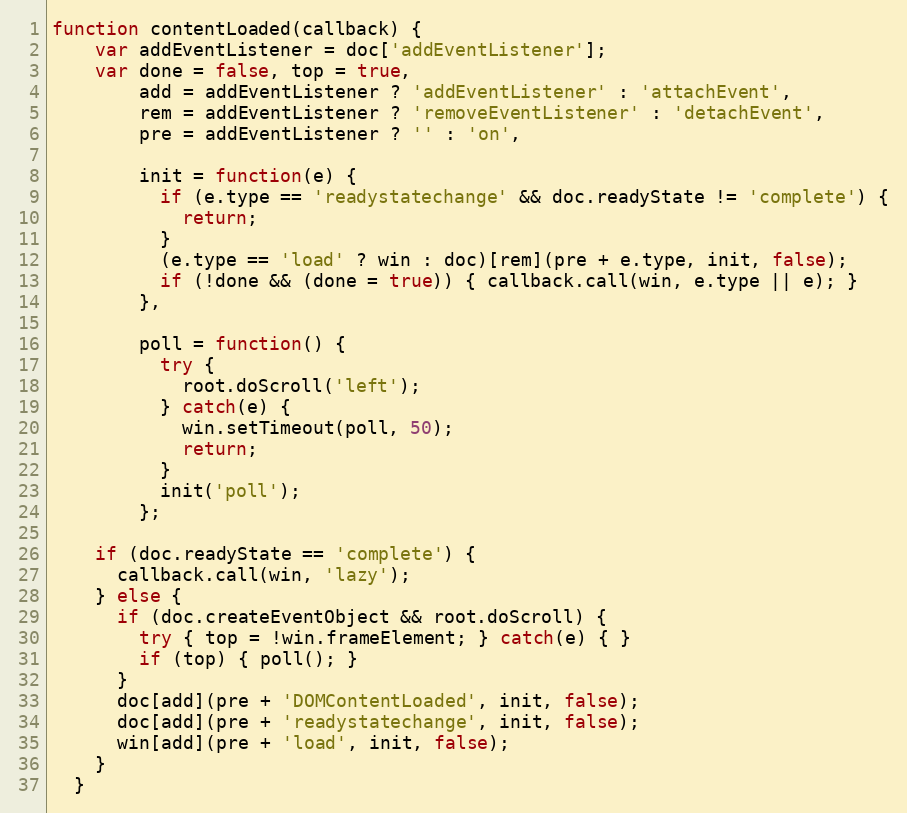
Language: JavaScript
function contentLoaded(callback) {
    var addEventListener = doc['addEventListener'];
    var done = false, top = true,
        add = addEventListener ? 'addEventListener' : 'attachEvent',
        rem = addEventListener ? 'removeEventListener' : 'detachEvent',
        pre = addEventListener ? '' : 'on',

        init = function(e) {
          if (e.type == 'readystatechange' && doc.readyState != 'complete') {
            return;
          }
          (e.type == 'load' ? win : doc)[rem](pre + e.type, init, false);
          if (!done && (done = true)) { callback.call(win, e.type || e); }
        },

        poll = function() {
          try {
            root.doScroll('left');
          } catch(e) {
            win.setTimeout(poll, 50);
            return;
          }
          init('poll');
        };

    if (doc.readyState == 'complete') {
      callback.call(win, 'lazy');
    } else {
      if (doc.createEventObject && root.doScroll) {
        try { top = !win.frameElement; } catch(e) { }
        if (top) { poll(); }
      }
      doc[add](pre + 'DOMContentLoaded', init, false);
      doc[add](pre + 'readystatechange', init, false);
      win[add](pre + 'load', init, false);
    }
  }